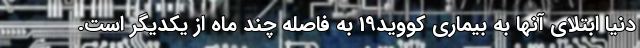
دنیا ابتلای آنها به بیماری کووید19 به فاصله چند ماه از یکدیگر است.